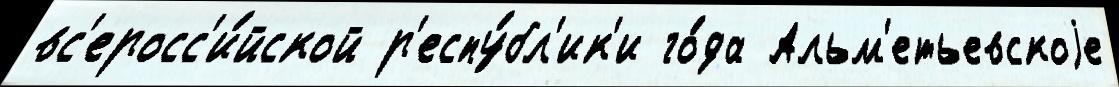
вс'еросс'и́йской р'еспу́бл'ик'и го́да Альм'етьевскоjе